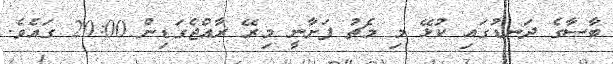
ބާސާގެ ދަނޑުގައި ކުޅޭ މި މެޗު ފަށާނީ މިރޭ ރާއްޖެގަޑިން 20:00 ގައެވެ.